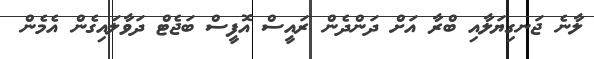
ލާނެ ޖަނގިޔަލާއި ބްރާ އަށް ދަންދެން ރައީސް އޮފީސް ބަޖެޓް ދަވާލައިގެން އެމެން